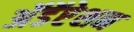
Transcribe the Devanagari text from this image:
अॅडॅप्टेशन